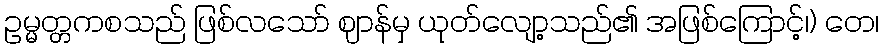
ဥမ္မတ္တကစသည် ဖြစ်လသော် ဈာန်မှ ယုတ်လျော့သည်၏ အဖြစ်ကြောင့်၊) တေ၊